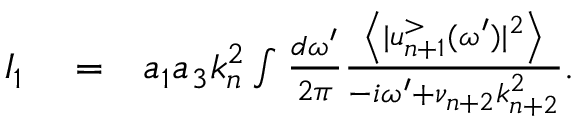
\begin{array} { r l r } { I _ { 1 } } & { { } = } & { a _ { 1 } a _ { 3 } k _ { n } ^ { 2 } \int \frac { d \omega ^ { \prime } } { 2 \pi } \frac { \left\langle | u _ { n + 1 } ^ { > } ( \omega ^ { \prime } ) | ^ { 2 } \right\rangle } { - i \omega ^ { \prime } + \nu _ { n + 2 } k _ { n + 2 } ^ { 2 } } . } \end{array}